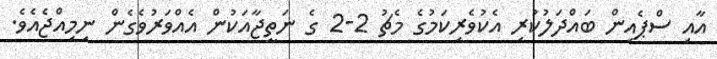
އާއި ސްޕެއިން ބައްދަލުކުރި އެކުވެރިކަމުގެ މެޗު 2-2 ގެ ނަތީޖާއަކުން އެއްވަރުވެގެން ނިމިއްޖެއެވެ.